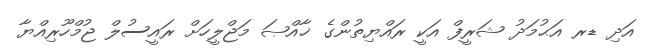
އަދި ޑރ އަޙުމަދު ޝަރީފް އަކީ ރައްޔިތުންގެ ޚާއްޞަ މަޖްލީހަށް ރައީސުލް ޖުމްހޫރިއްޔާ